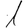
Digit: 1